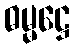
ဓမ္မဋ္ဌေ